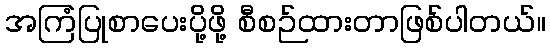
အကြံပြုစာပေးပို့ဖို့ စီစဉ်ထားတာဖြစ်ပါတယ်။